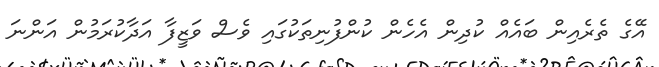
އޭގެ ތެރެއިން ބައެއް ކުދިން އެހެން ކުންފުނިތަކުގައި ވެސް ވަޒީފާ އަދާކުރަމުން އަންނަ